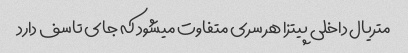
متریال داخلی پیتزا هر سری متفاوت میشود که جای تاسف دارد